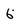
Character: 6